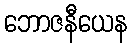
ဘောဇနီယေန